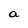
Character: a